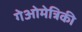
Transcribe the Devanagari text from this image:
गेओमेत्रिकी